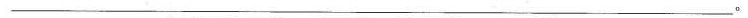
___